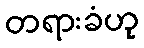
တရားခံဟု